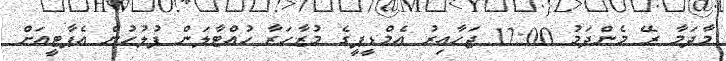
މާދަމާ ރޭ މެންދަމު 12:00 ޖަހާއިރު އެމްޑީޕީގެ މުޒާހަރާ ހުއްޓާލަން ފުލުހުން އެޕާޓީއަށް